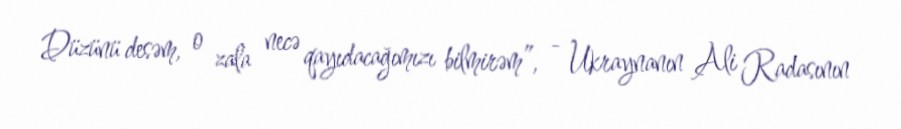
Düzünü desəm, o zala necə qayıdacağımızı bilmirəm”, - Ukraynanın Ali Radasının